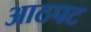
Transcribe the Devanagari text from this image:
आठपट